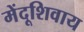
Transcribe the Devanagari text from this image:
मेंदूशिवाय